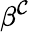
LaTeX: \beta^{\mathcal{C}}